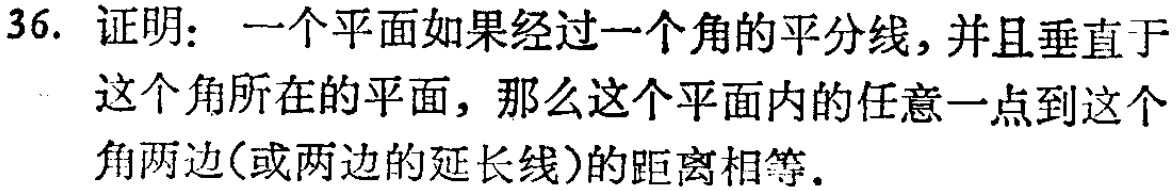
36. 证明：一个平面如果经过一个角的平分线，并且垂直于这个角所在的平面，那么这个平面内的任意一点到这个角两边(或两边的延长线)的距离相等.